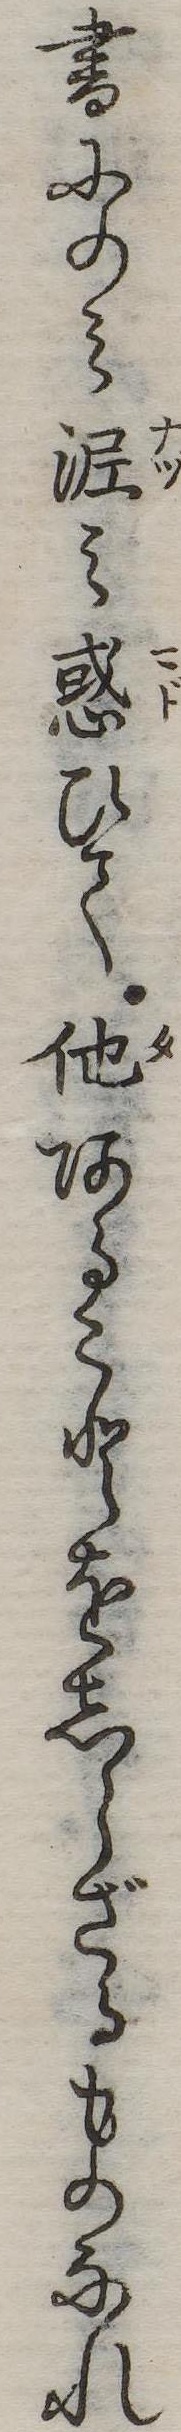
書にのみ泥み惑ひて他あることをしらざるものなれ